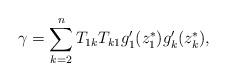
LaTeX: \begin{align*}\gamma =\sum_{k=2}^{n}T_{1k}T_{k1}g_{1}^{\prime }(z_{1}^{\ast})g_{k}^{\prime }(z_{k}^{\ast }), \end{align*}